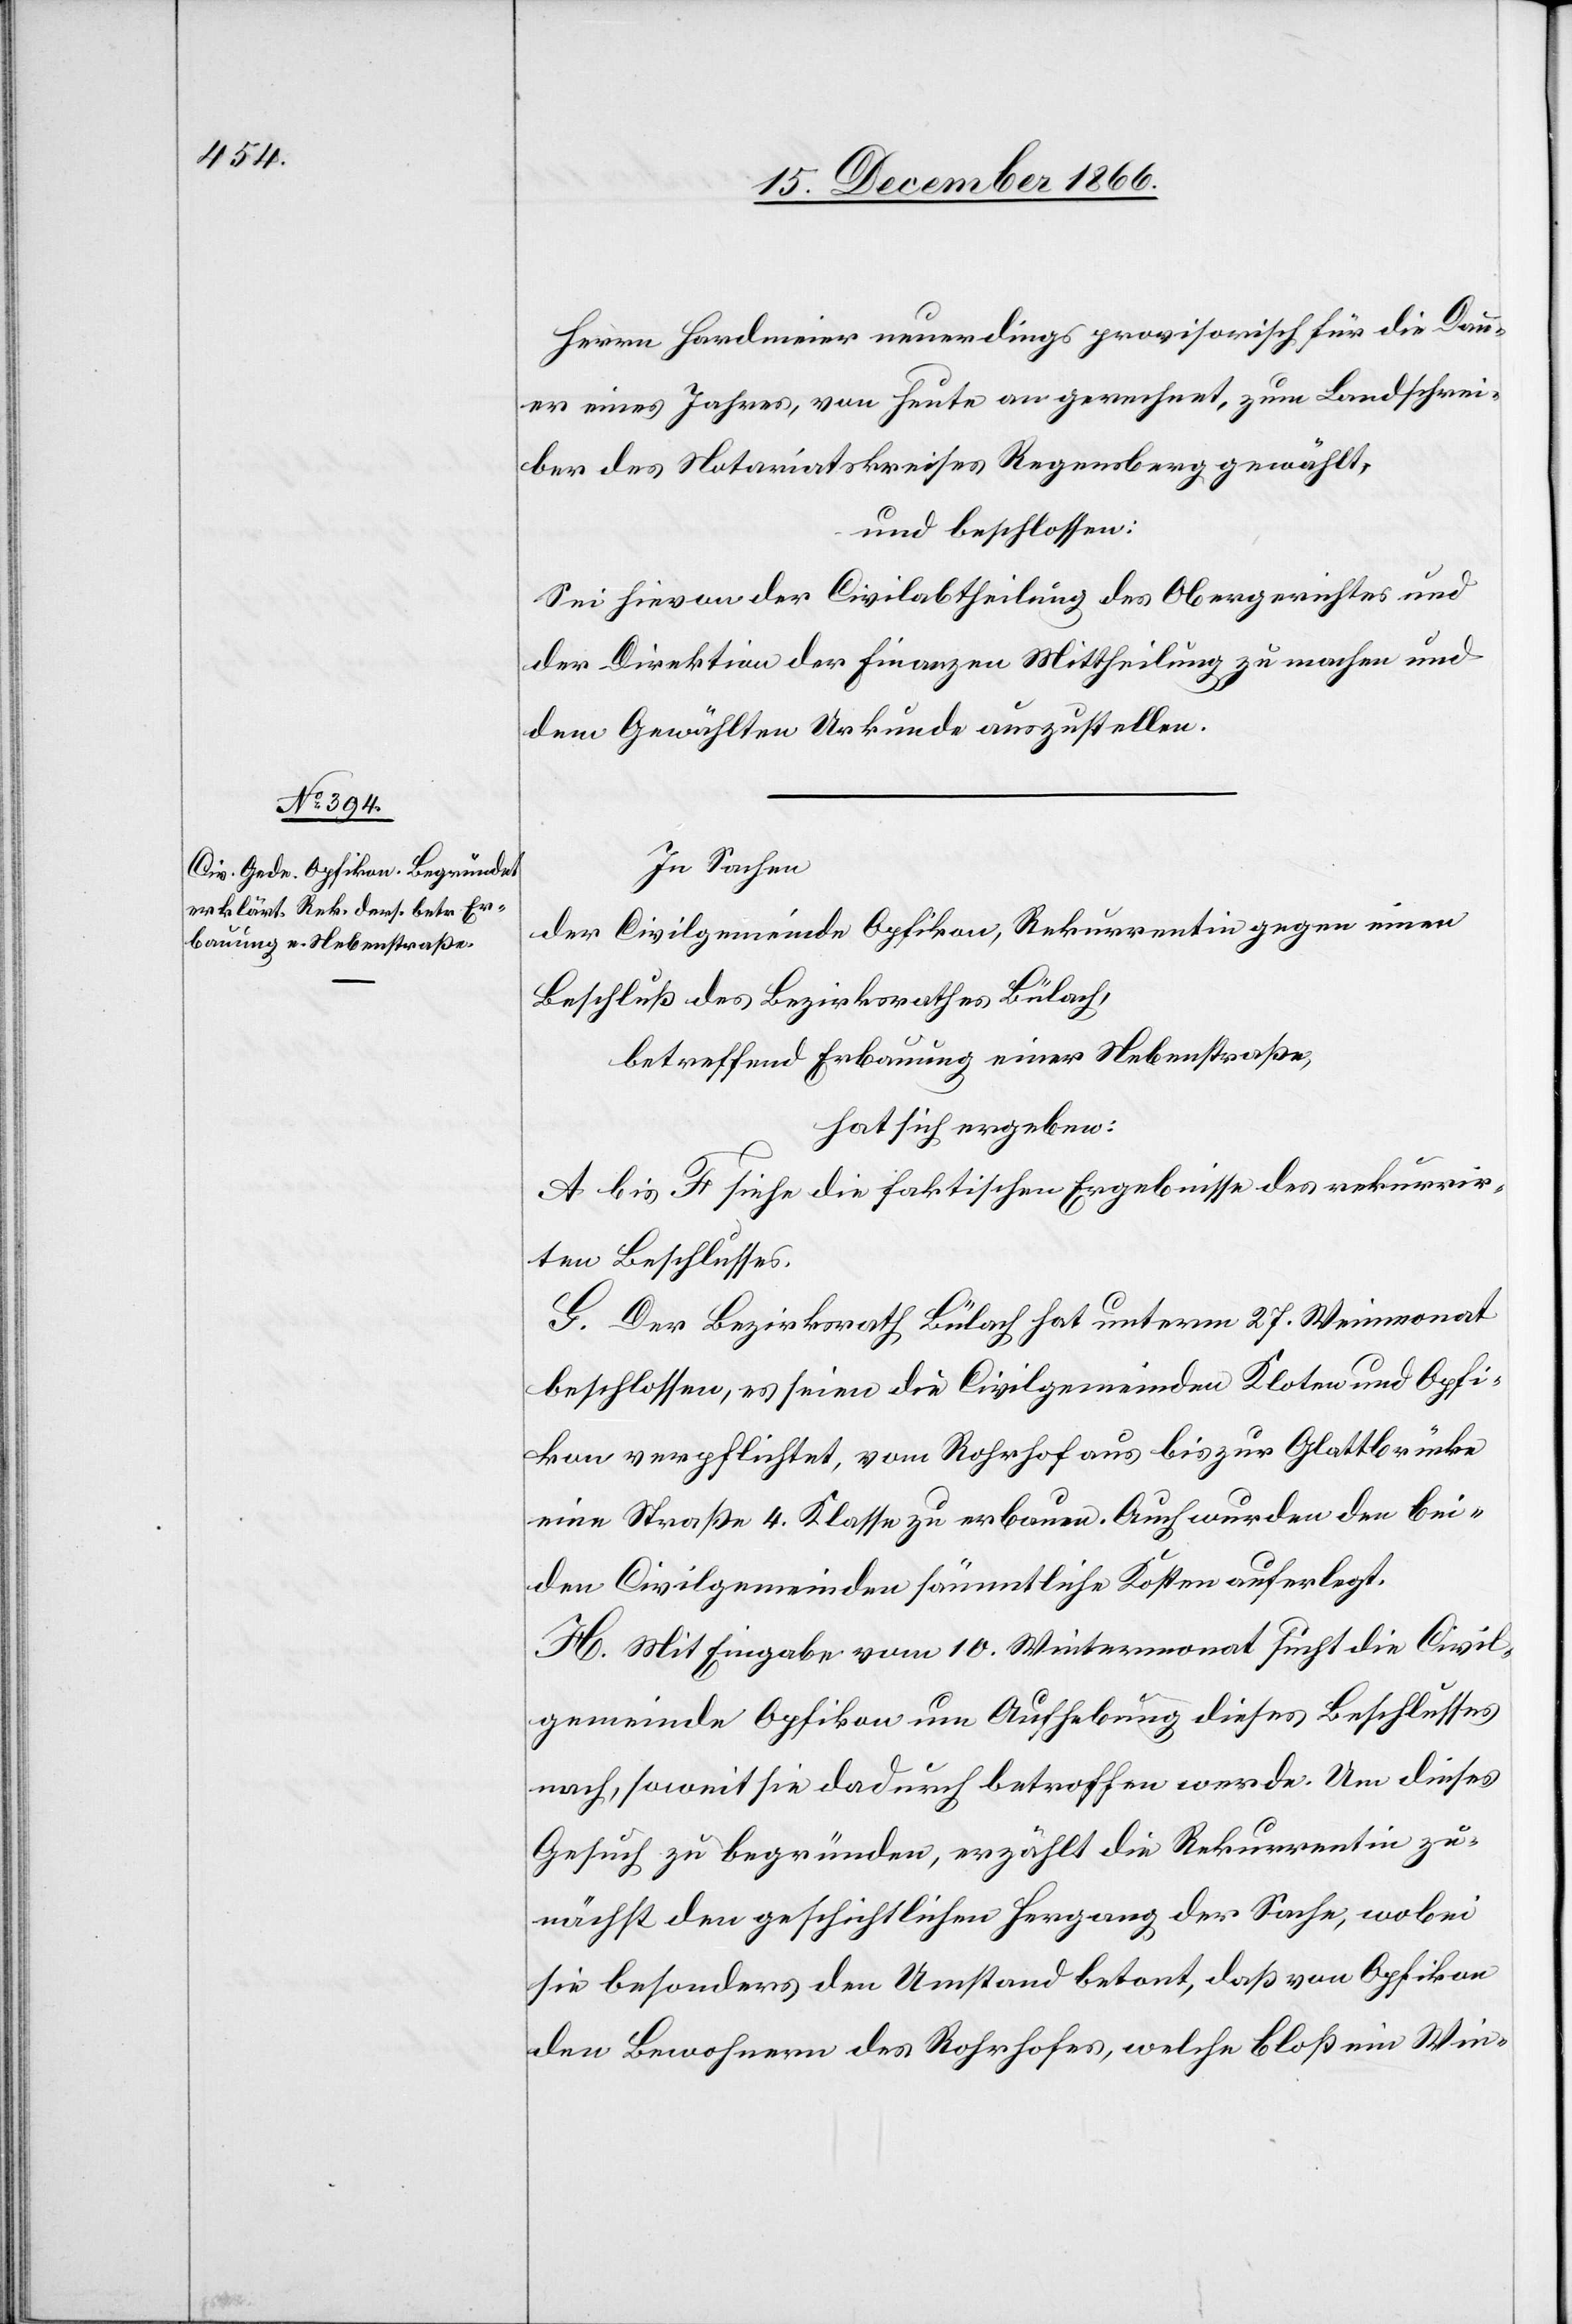
Herrn Hardmeier neuerdings provisorisch für die Dau¬
er eines Jahres, von heute an gerechnet, zum Landschrei¬
ber des Notariatskreises Regensberg gewählt,
und beschlossen:
Sei hievon der Civilabtheilung des Obergerichtes und
der Direktion der Finanzen Mittheilung zu machen und
dem Gewählten Urkunde auszustellen.
In Sachen
der Civilgemeinde Opfikon, Rekurrentin gegen einen
Beschluß des Bezirksrathes Bülach,
betreffend Erbauung einer Nebenstraße,
hat sich ergeben:
A bis F siehe die faktischen Ergebnisse des rekurrir¬
ten Beschlusses.
G. Der Bezirksrath Bülach hat unterm 27. Weinmonat
beschlossen, es seien die Civilgemeinden Kloten und Opfi¬
kon verpflichtet, vom Rohrhof aus bis zur Glattbrücke
eine Straße 4. Klasse zu erbauen. Auch wurden den bei¬
den Civilgemeinden sämmtliche Kosten auferlegt.
H. Mit Eingabe vom 10. Wintermonat sucht die Civil¬
gemeinde Opfikon um Aufhebung dieses Beschlusses
nach, soweit sie dadurch betroffen werde. Um dieses
Gesuch zu begründen, erzählt die Rekurrentin zu¬
nächst den geschichtlichen Hergang der Sache, wobei
sie besonders den Umstand betont, daß von Opfikon
den Bewohnern des Rohrhofes, welche bloß ein Win-